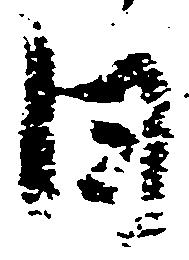
日